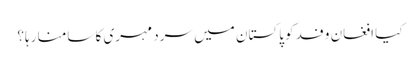
کیا افغان وفد کو پاکستان میں سرد مہری کا سامنا رہا؟